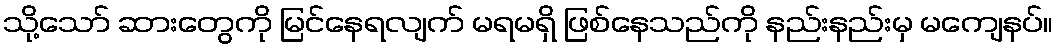
သို့သော် ဆားတွေကို မြင်နေရလျက် မရမရှိ ဖြစ်နေသည်ကို နည်းနည်းမှ မကျေနပ်။